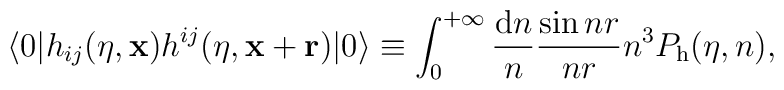
\langle 0\vert h_{ij}(\eta ,{\bf x})h^{ij}(\eta ,{\bf x}+{\bf r})\vert 0\rangle \equiv \int _0^{+\infty }\frac{{\rm d}n}{n}\frac{\sin nr}{nr}n^3P_{\rm h}(\eta ,n),